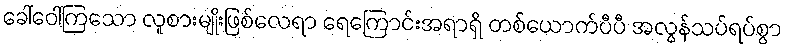
ခေါ်ဝေါ်ကြသော လူစားမျိုးဖြစ်လေရာ ရေကြောင်းအရာရှိ တစ်ယောက်ပီပီ အလွန်သပ်ရပ်စွာ